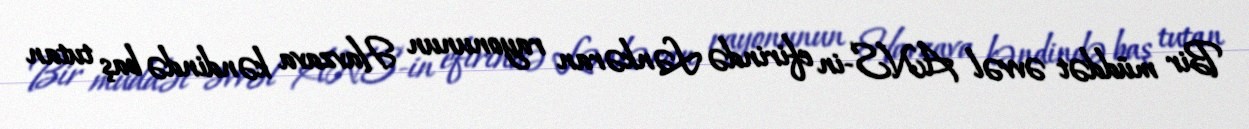
Bir müddət əvvəl ANS-in efirində Lənkəran rayonunun Havzava kəndində baş tutan